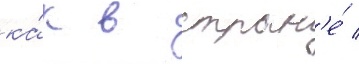
ка́к в стран'е́ /